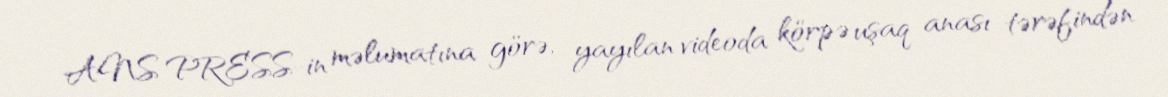
ANS PRESS-in məlumatına görə, yayılan videoda körpə uşaq anası tərəfindən